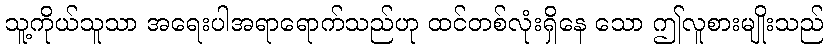
သူ့ကိုယ်သူသာ အရေးပါအရာရောက်သည်ဟု ထင်တစ်လုံးရှိနေ သော ဤလူစားမျိုးသည်